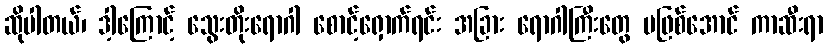
ဆိုပါတယ်၊ ဒါ့ကြောင့် သွေးတိုးရောဂါ စောင့်ရှောက်ရင်း အခြား ရောဂါကြီးတွေ မဖြစ်အောင် ကာဆီးရာ